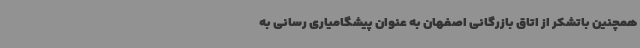
همچنین باتشکر از اتاق بازرگانی اصفهان به عنوان پیشگامیاری رسانی به